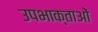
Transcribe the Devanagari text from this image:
उपभाक्ताओं